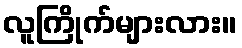
လူကြိုက်များလား။